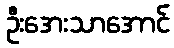
ဦးအေးသာအောင်